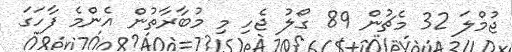
ޖުމްލަ 32 މެޗުން 89 ގޯލު ޖެހި މި މުބާރާތުން އެންމެ ފާހަގަ